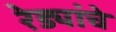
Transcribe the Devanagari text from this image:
रेड्यांचे